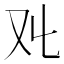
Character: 𠬜